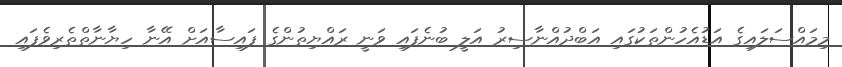
މިމައްސަލައިގެ އަޑުއެހުންތަކުގައި އަބްދުއްނާސިރު އަލީ ބުނެފައި ވަނީ ރައްޔިތުންގެ ފައިސާއަށް އޭނާ ހިޔާނާތްތެރިވެފައި